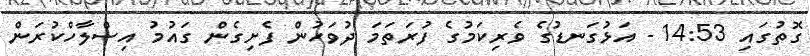
ގޮތުގައި 14:53 - އަޅުގަނޑުގެ ވެރިކަމުގެ ފުރަތަމަ ދުވަހުން ފެށިގެން ގައުމު އިސްލާހްކުރަން